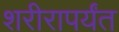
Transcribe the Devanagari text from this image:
शरीरापर्यंत